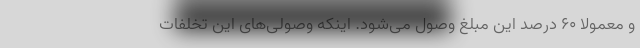
و معمولاً ۶۰ درصد این مبلغ وصول می‌شود. اینکه وصولی‌های این تخلفات